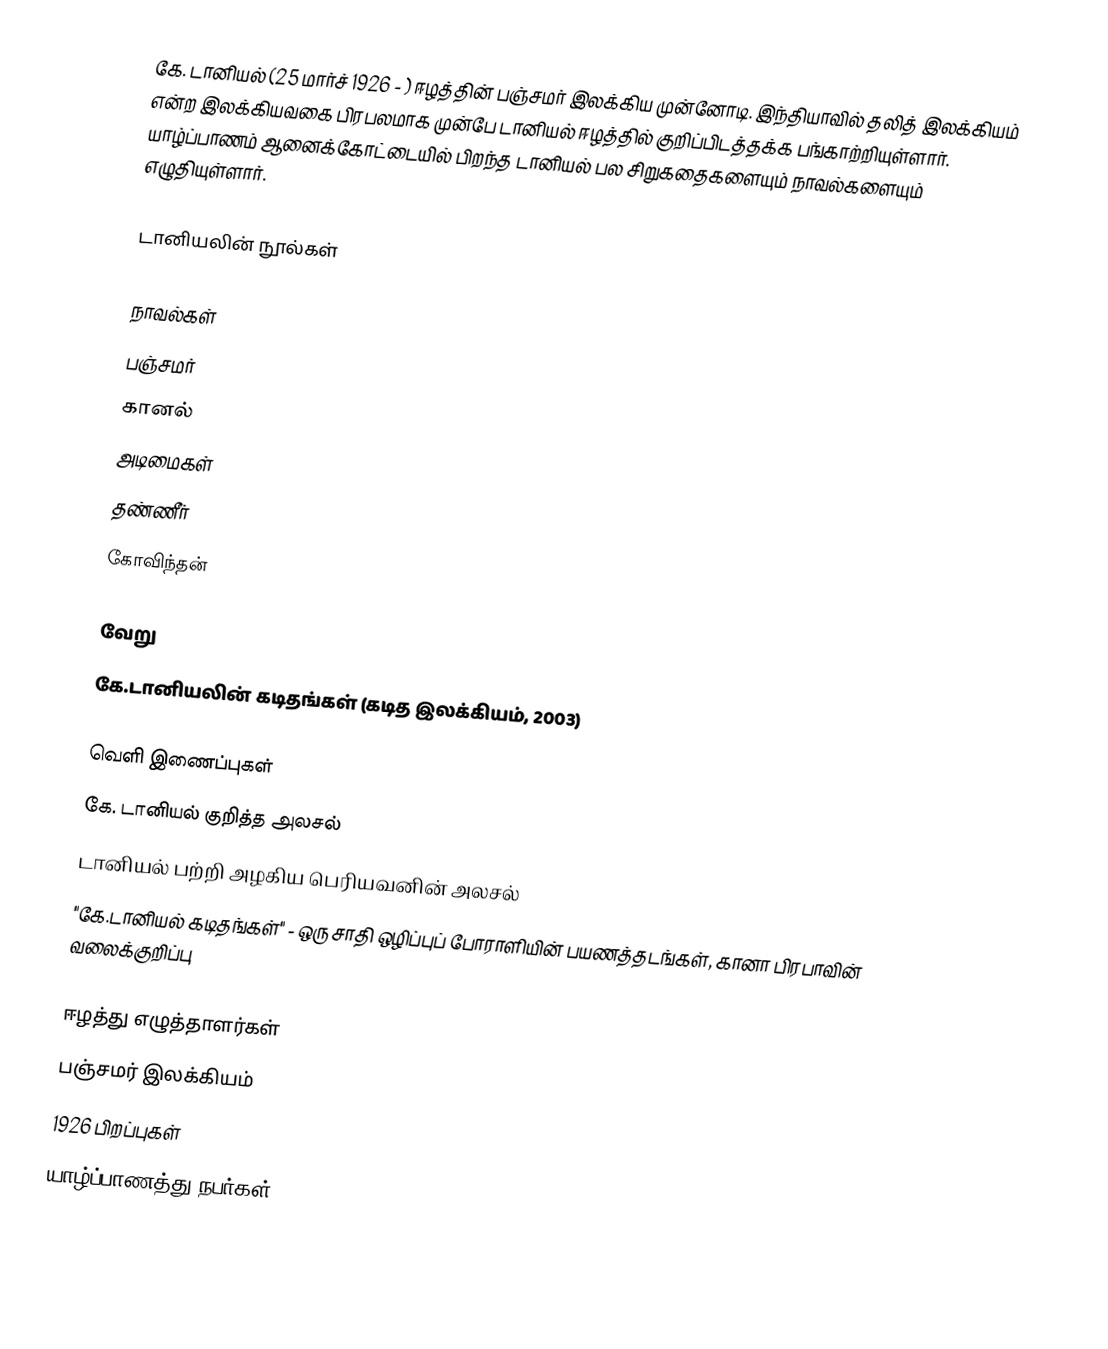
கே. டானியல் (25 மார்ச் 1926 - ) ஈழத்தின் பஞ்சமர் இலக்கிய முன்னோடி. இந்தியாவில் தலித் இலக்கியம் என்ற இலக்கியவகை பிரபலமாக முன்பே டானியல் ஈழத்தில் குறிப்பிடத்தக்க பங்காற்றியுள்ளார். யாழ்ப்பாணம் ஆனைக்கோட்டையில் பிறந்த டானியல் பல சிறுகதைகளையும் நாவல்களையும் எழுதியுள்ளார்.

டானியலின் நூல்கள்

நாவல்கள்
 பஞ்சமர்
 கானல்
 அடிமைகள்
 தண்ணீர்
 கோவிந்தன்

வேறு
 கே.டானியலின் கடிதங்கள் (கடித இலக்கியம், 2003)

வெளி இணைப்புகள்
கே. டானியல் குறித்த அலசல்
டானியல் பற்றி அழகிய பெரியவனின் அலசல்
"கே.டானியல் கடிதங்கள்" - ஒரு சாதி ஒழிப்புப் போராளியின் பயணத்தடங்கள், கானா பிரபாவின் வலைக்குறிப்பு

ஈழத்து எழுத்தாளர்கள்
பஞ்சமர் இலக்கியம்
1926 பிறப்புகள்
யாழ்ப்பாணத்து நபர்கள்